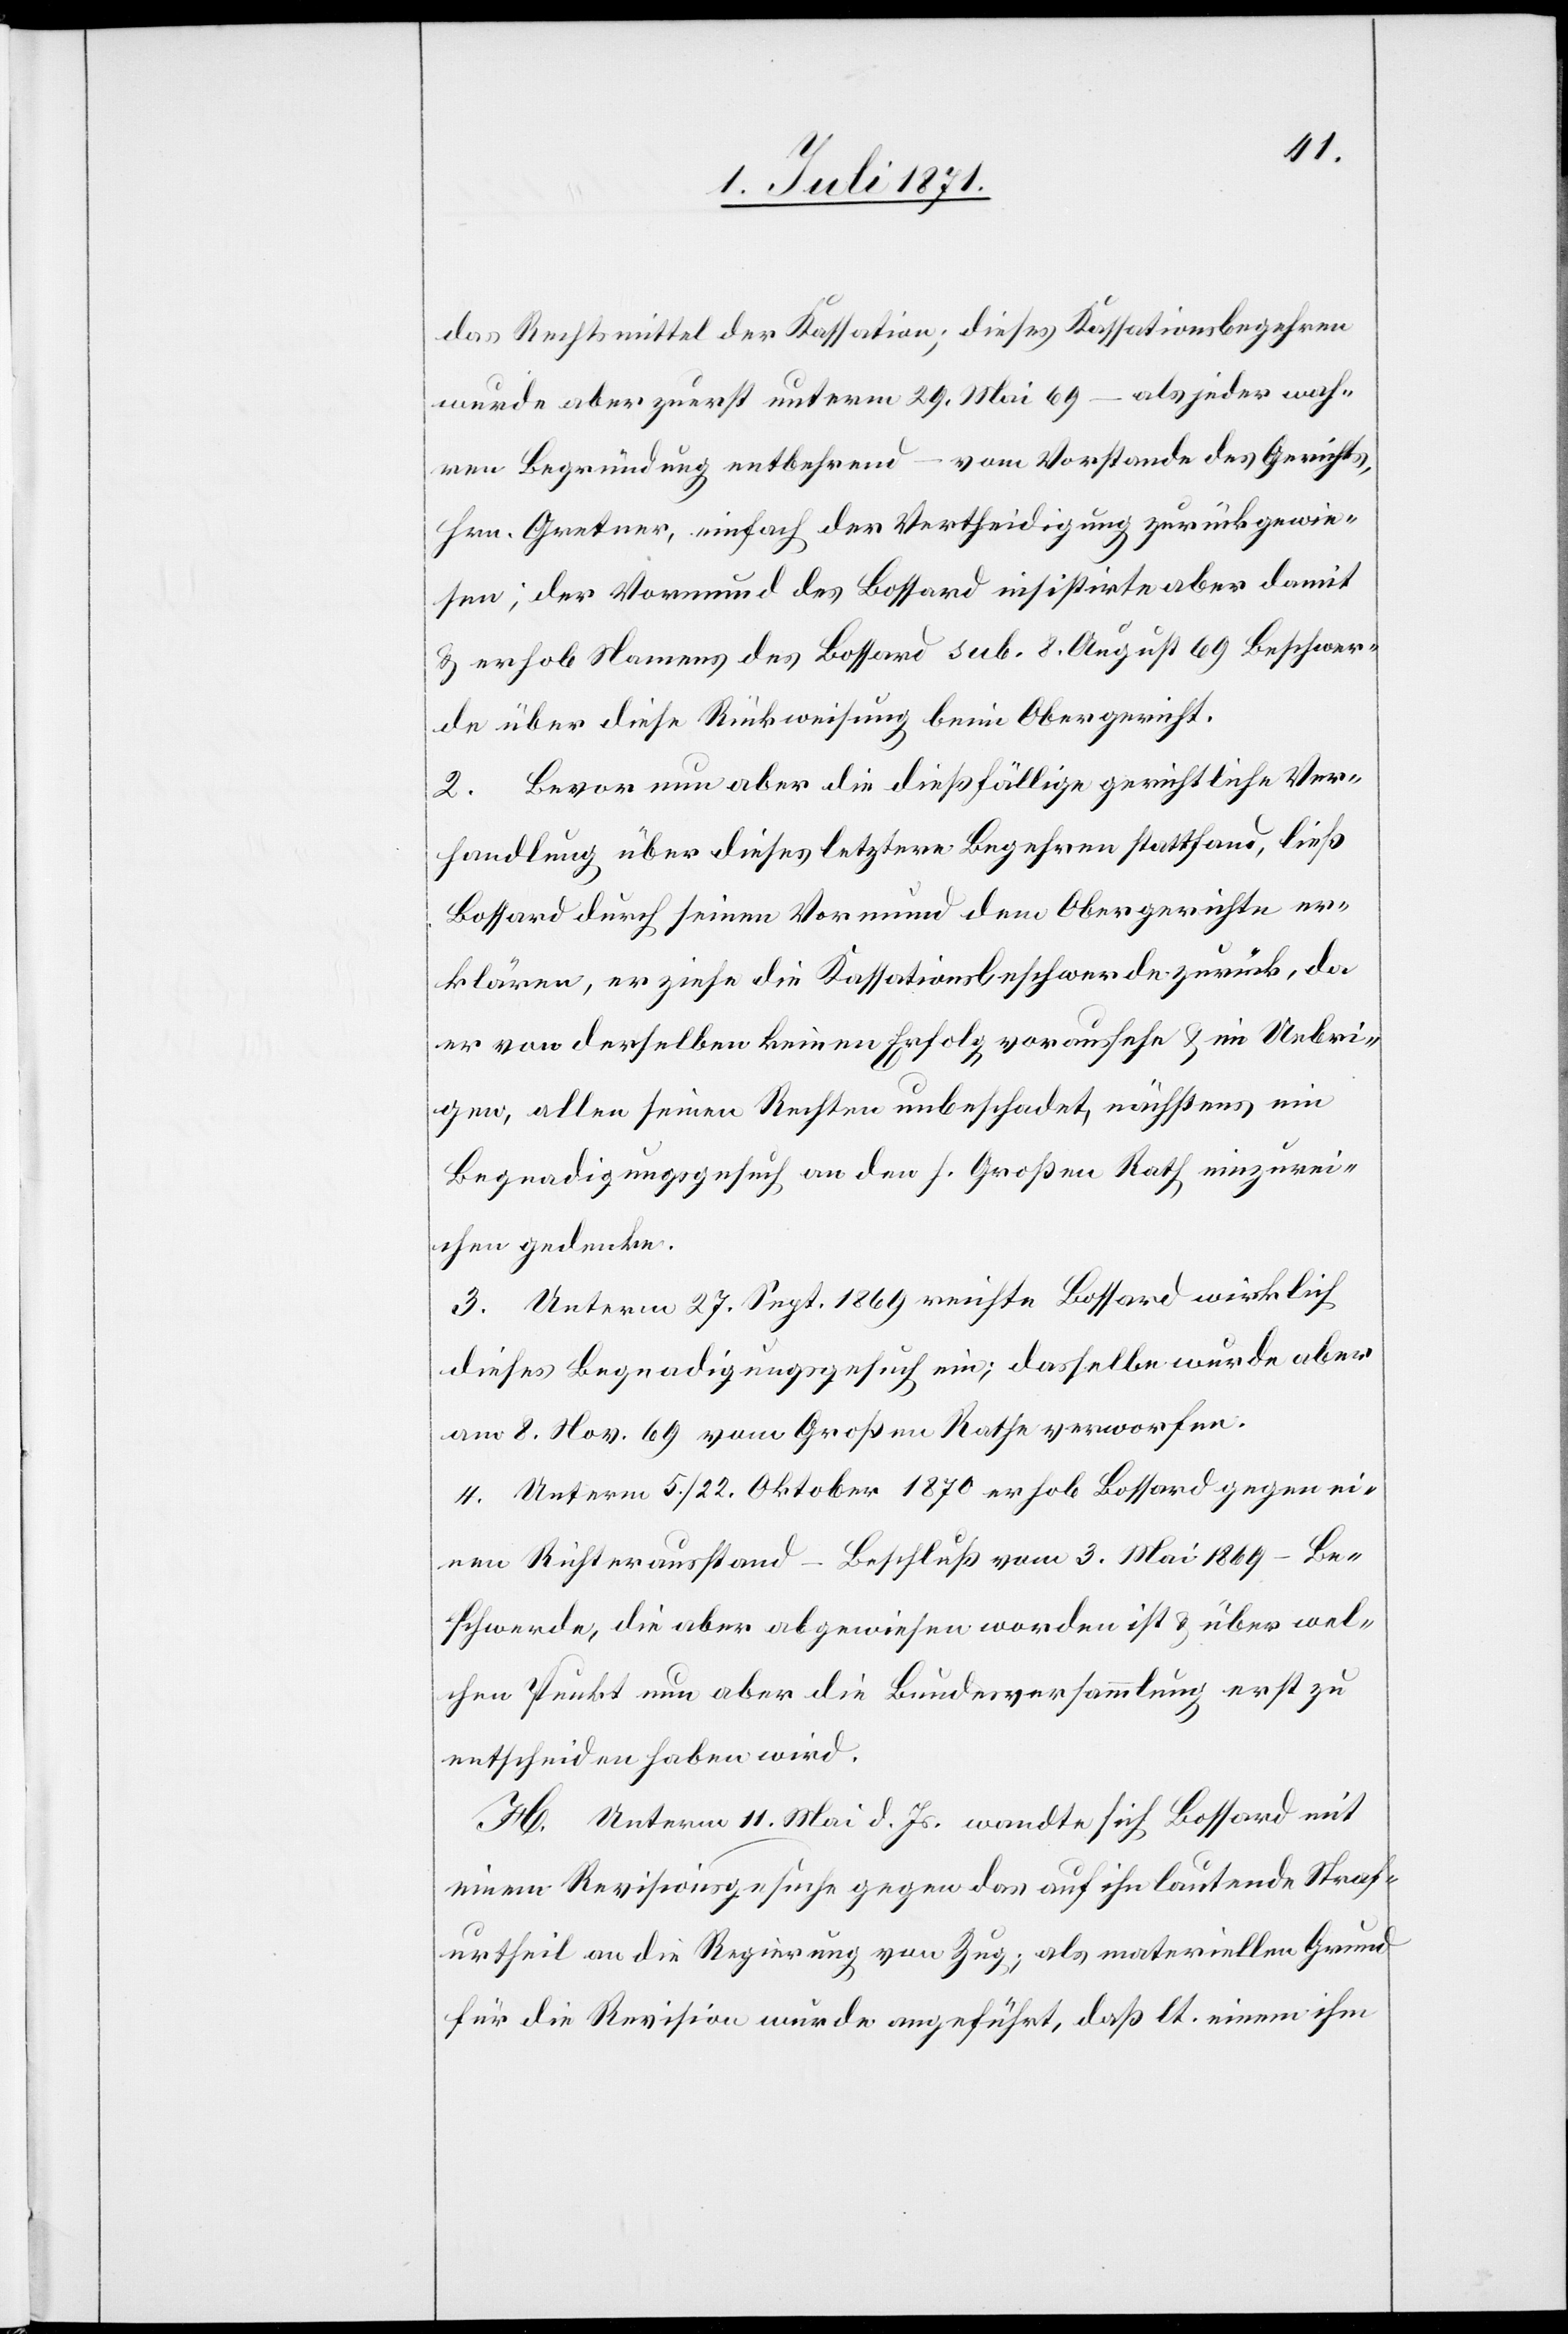
das Rechtsmittel der Kassation; dieses Kassationsbegehren
wurde aber zuerst unterm 29. Mai 69 – als jeder wah¬
ren Begründung entbehrend – vom Vorstande des Gerichts,
Hrn. Gretner, einfach der Vertheidigung zurückgewie¬
sen; der Vormund des Bossard insistirte aber damit
u. erhob Namens des Bossard sub. 8. August 69 Beschwer¬
de über diese Rückweisung beim Obergericht.
2. Bevor nun aber die dießfällige gerichtliche Ver¬
handlung über dieses letztere Begehren stattfand, ließ
Bossard durch seinen Vormund dem Obergerichte er¬
klären, er ziehe die Kassationsbeschwerde zurück, da
er von derselben keinen Erfolg voraussehe u. im Uebri¬
gen, allen seinen Rechten unbeschadet, nächstens ein
Begnadigungsgesuch an den h. Großen Rath einzurei¬
chen gedenke.
3. Unterm 27. Sept. 1869 reichte Bossard wirklich
dieses Begnadigungsgesuch ein; dasselbe wurde aber
am 8. Nov. 69 vom Großen Rathe verworfen.
4. Unterm 5./22. Oktober 1870 erhob Bossard gegen ei¬
nen Richterausstand –Beschluß vom 3. Mai 1869 – Be¬
schwerde, die aber abgewiesen worden ist u. über wel¬
chen Punkt nun aber die Bundesversammlung erst zu
entscheiden haben wird.
H. Unterm 11. Mai d. Js. wandte sich Bossard mit
einem Revisionsgesuche gegen das auf ihn lautende Straf¬
urtheil an die Regierung von Zug; als materiellen Grund
für die Revision wurde angeführt, daß lt. einem ihm